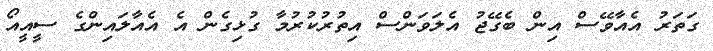
ގަތަރު އެއާވޭސް އިން ބެގޭޖު އެލަވަންސް އިތުރުކުރުމާ ގުޅިގެން އެ އެއާލައިންގެ ސީއީއޯ